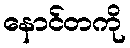
နောင်တကို